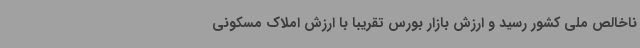
ناخالص ملی کشور رسید و ارزش بازار بورس تقریبا با ارزش املاک مسکونی